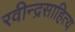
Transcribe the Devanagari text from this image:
रवीन्द्रसाहित्य